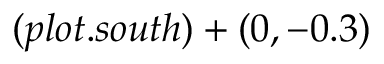
( p l o t . s o u t h ) + ( 0 , - 0 . 3 )